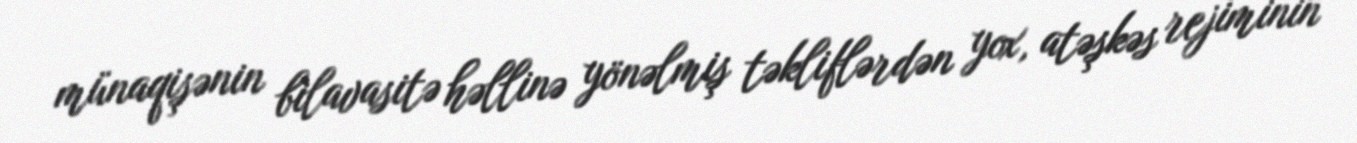
münaqişənin bilavasitə həllinə yönəlmiş təkliflərdən yox, atəşkəs rejiminin